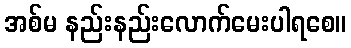
အစ်မ နည်းနည်းလောက်မေးပါရစေ။